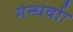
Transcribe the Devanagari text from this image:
गन्धर्वाः